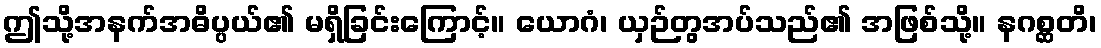
ဤသို့အနက်အဓိပ္ပယ်၏ မရှိခြင်းကြောင့်။ ယောဂံ၊ ယှဉ်တွအပ်သည်၏ အဖြစ်သို့။ နဂစ္ဆတိ၊